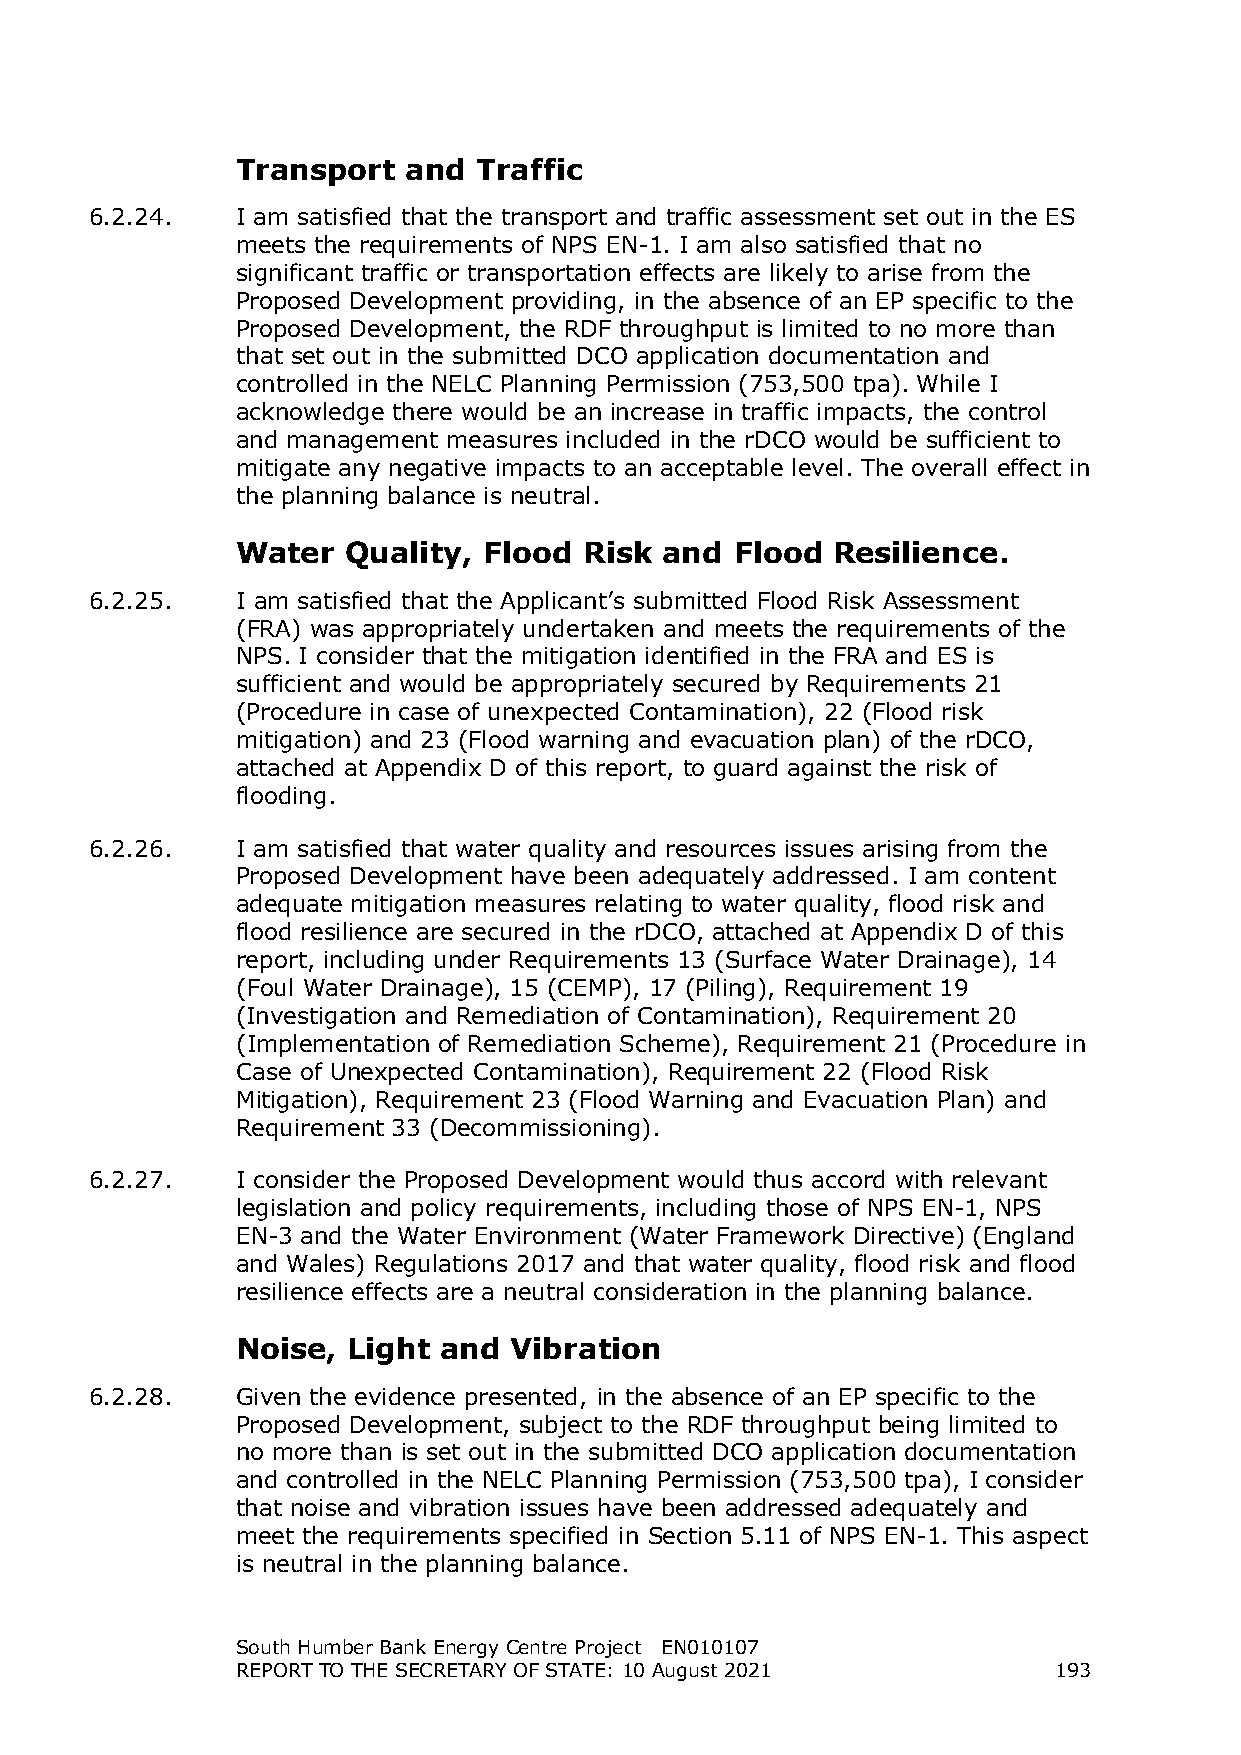
Transport  and  Traffic
 6.2.24.   I am satisfied that the transport and traffic assessment set out in the ES
 meets the requirements of NPS EN-1. I am also satisfied that no
 significant traffic or transportation effects are likely to arise from the
 Proposed Development providing, in the absence of an EP specific to the
 Proposed Development, the RDF throughput is limited to no more than
 that set out in the submitted DCO application documentation and
 controlled in the NELC Planning Permission (753,500 tpa). While I
 acknowledge there would be an increase in traffic impacts, the control
 and management measures included in the rDCO would be sufficient to
 mitigate any negative impacts to an acceptable level. The overall effect in
 the planning balance is neutral.
 Water  Quality, Flood  Risk and  Flood Resilience.
 6.2.25.   I am satisfied that the Applicant’s submitted Flood Risk Assessment
 (FRA) was appropriately undertaken and meets the requirements of the
 NPS. I consider that the mitigation identified in the FRA and ES is
 sufficient and would be appropriately secured by Requirements 21
 (Procedure in case of unexpected Contamination), 22 (Flood risk
 mitigation) and 23 (Flood warning and evacuation plan) of the rDCO,
 attached at Appendix D of this report, to guard against the risk of
 flooding.
 6.2.26.   I am satisfied that water quality and resources issues arising from the
 Proposed Development have been adequately addressed. I am content
 adequate mitigation measures relating to water quality, flood risk and
 flood resilience are secured in the rDCO, attached at Appendix D of this
 report, including under Requirements 13 (Surface Water Drainage), 14
 (Foul Water Drainage), 15 (CEMP), 17 (Piling), Requirement 19
 (Investigation and Remediation of Contamination), Requirement 20
 (Implementation of Remediation Scheme), Requirement 21 (Procedure in
 Case of Unexpected Contamination), Requirement 22 (Flood Risk
 Mitigation), Requirement 23 (Flood Warning and Evacuation Plan) and
 Requirement 33 (Decommissioning).
 6.2.27.   I consider the Proposed Development would thus accord with relevant
 legislation and policy requirements, including those of NPS EN-1, NPS
 EN-3 and the Water Environment (Water Framework Directive) (England
 and Wales) Regulations 2017 and that water quality, flood risk and flood
 resilience effects are a neutral consideration in the planning balance.
 Noise, Light and  Vibration
 6.2.28.   Given the evidence presented, in the absence of an EP specific to the
 Proposed Development, subject to the RDF throughput being limited to
 no more than is set out in the submitted DCO application documentation
 and controlled in the NELC Planning Permission (753,500 tpa), I consider
 that noise and vibration issues have been addressed adequately and
 meet the requirements specified in Section 5.11 of NPS EN-1. This aspect
 is neutral in the planning balance.
 South Humber Bank Energy Centre Project EN010107
 REPORT TO THE SECRETARY OF STATE: 10 August 2021      193